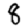
Digit: 8